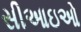
સીઆઇઓ